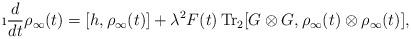
LaTeX: \begin{align*}\i \frac{d}{dt}\rho_\infty(t) = [h,\rho_\infty(t)] +\lambda^2 F(t)\, {\rm Tr}_2 [G\otimes G,\rho_\infty(t)\otimes\rho_\infty(t)],\end{align*}